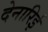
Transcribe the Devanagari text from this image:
देनारिई